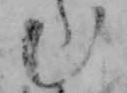
む